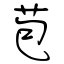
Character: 苞